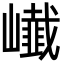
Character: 𭗨